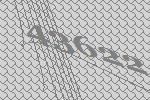
43622